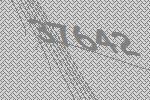
37642